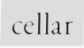
cellar